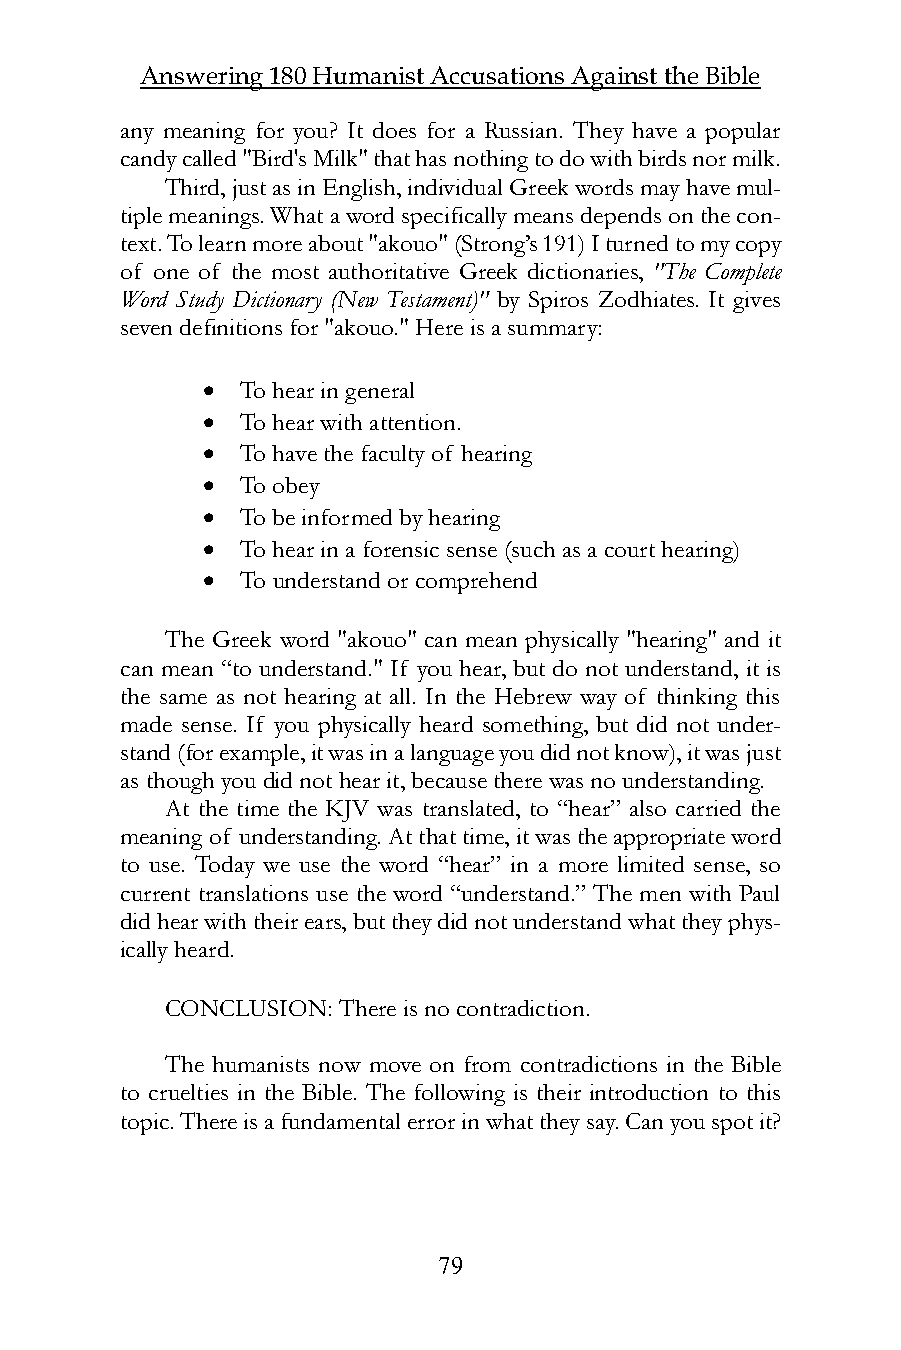
Answering 180 Humanist Accusations Against the Bible
 any meaning for you? It does for a Russian. They have a popular
 candy called "Bird's Milk" that has nothing to do with birds nor milk.
 Third, just as in English, individual Greek words may have mul-
 tiple meanings. What a word specifically means depends on the con-
 text. To learn more about "akouo" (Strong’s 191) I turned to my copy
 of one of the most authoritative Greek dictionaries, "The Complete
 Word Study Dictionary (New Testament)" by Spiros Zodhiates. It gives
 seven definitions for "akouo." Here is a summary:
   To hear in general
   To hear with attention.
   To have the faculty of hearing
   To obey
   To be informed by hearing
   To hear in a forensic sense (such as a court hearing)
   To understand or comprehend
 The Greek word "akouo" can mean physically "hearing" and it
 can mean “to understand." If you hear, but do not understand, it is
 the same as not hearing at all. In the Hebrew way of thinking this
 made sense. If you physically heard something, but did not under-
 stand (for example, it was in a language you did not know), it was just
 as though you did not hear it, because there was no understanding.
 At the time the KJV was translated, to “hear” also carried the
 meaning of understanding. At that time, it was the appropriate word
 to use. Today we use the word “hear” in a more limited sense, so
 current translations use the word “understand.” The men with Paul
 did hear with their ears, but they did not understand what they phys-
 ically heard.
 CONCLUSION: There is no contradiction.
 The humanists now move on from contradictions in the Bible
 to cruelties in the Bible. The following is their introduction to this
 topic. There is a fundamental error in what they say. Can you spot it?
 79